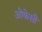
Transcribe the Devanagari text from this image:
ओकेसी